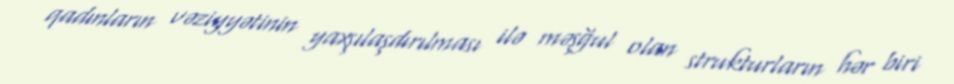
qadınların vəziyyətinin yaxşılaşdırılması ilə məşğul olan strukturların hər biri